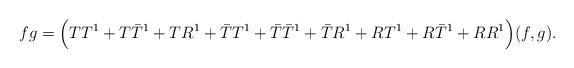
LaTeX: \begin{align*} fg=\Big(TT^1+T\bar{T}^1+TR^1+\bar{T}T^1+\bar{T}\bar{T}^1+\bar{T}R^1+RT^1+R\bar{T}^1+RR^1\Big)(f,g).\end{align*}